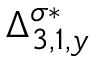
\Delta _ { 3 , 1 , y } ^ { \sigma * }